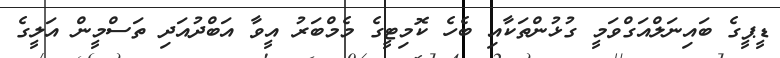
ޑީޕީގެ ބައިނަލްއަގްވަމީ ގުޅުންތަކާއި ބެހެ ކޮމިޓީގެ މެމްބަރު އީވާ އަބްދުއަދި ތަސްމީން އަލީގެ